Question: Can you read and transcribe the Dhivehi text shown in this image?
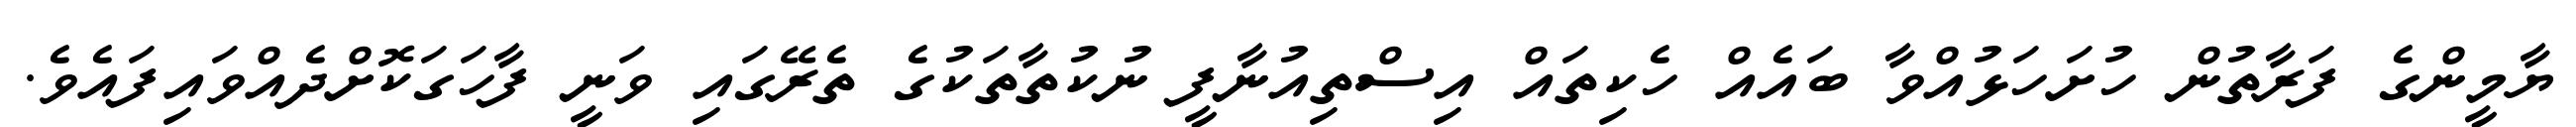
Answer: ޔާމީންގެ ފަރާތުން ހުށަހަޅުއްވާ ބައެއް ހެކިތައް އިސްތިއުނާފީ ނުކުތާތަކުގެ ތެރޭގައި ވަނީ ފާހަގަކޮށްދެއްވައިފައެވެ.